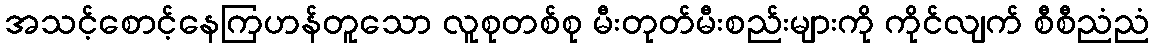
အသင့်စောင့်နေကြဟန်တူသော လူစုတစ်စု မီးတုတ်မီးစည်းများကို ကိုင်လျက် စီစီညံညံ